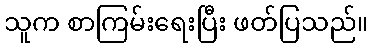
သူက စာကြမ်းရေးပြီး ဖတ်ပြသည်။